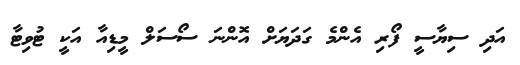
އަދި ސިޔާސީ ފޯރި އެންމެ ގަދަޔަށް އޮންނަ ސޯސަލް މީޑިއާ އަކީ ޓުވިޓާ